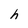
Character: h